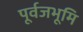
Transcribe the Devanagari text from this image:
पूर्वजभूमि